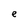
Character: e